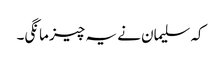
کہ سلیمان نے یہ چیز مانگی۔